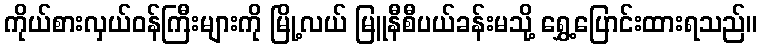
ကိုယ်စားလှယ်ဝန်ကြီးများကို မြို့လယ် မြူနီစီပယ်ခန်းမသို့ ရွှေ့ပြောင်းထားရသည်။